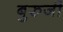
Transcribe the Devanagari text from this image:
बुरुजी